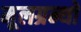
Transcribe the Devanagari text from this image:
मूलग्रन्थो